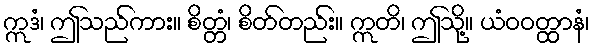
ဣဒံ၊ ဤသည်ကား။ စိတ္တံ၊ စိတ်တည်း။ ဣတိ၊ ဤသို့။ ယံဝဝတ္ထာနံ၊